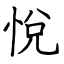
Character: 悅